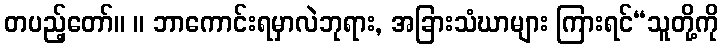
တပည့်တော်။ ။ ဘာကောင်းရမှာလဲဘုရား, အခြားသံဃာများ ကြားရင်“သူတို့ကို